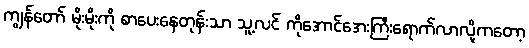
ကျွန်တော် မိုးမိုးကို စာပေးနေတုန်းသာ သူ့လင် ကိုအောင်အေးကြီးရောက်လာလို့ကတော့